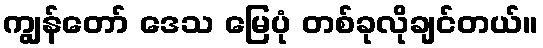
ကျွန်တော် ဒေသ မြေပုံ တစ်ခုလိုချင်တယ်။